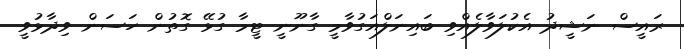
ރައީސް ނަޝީދު އެކުލަވާލެއްވި ބައިނަލްއަގުވާމީ ގާނޫނީ ޓީމާ ގުޅޭ ގޮތުން ހަސަން ވިދާޅުވީ